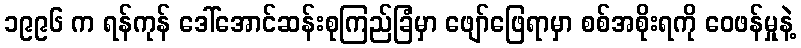
၁၉၉၆ က ရန်ကုန် ဒေါ်အောင်ဆန်းစုကြည်ခြံမှာ ဖျော်ဖြေရာမှာ စစ်အစိုးရကို ဝေဖန်မှုနဲ့